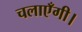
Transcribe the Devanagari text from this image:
चलाएँगी।